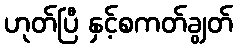
ဟုတ်ပြီ နှင့်စကတ်ချွတ်